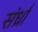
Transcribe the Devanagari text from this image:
संर्ध्रा